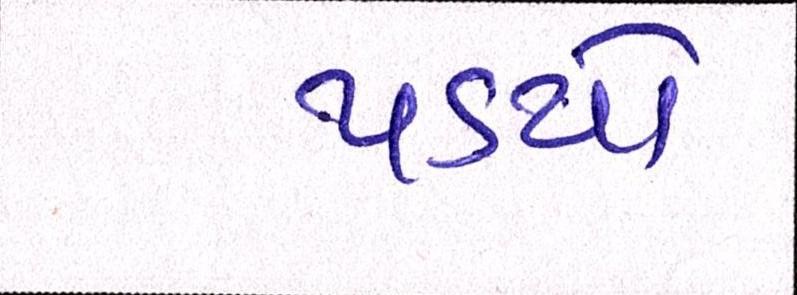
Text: પડયો